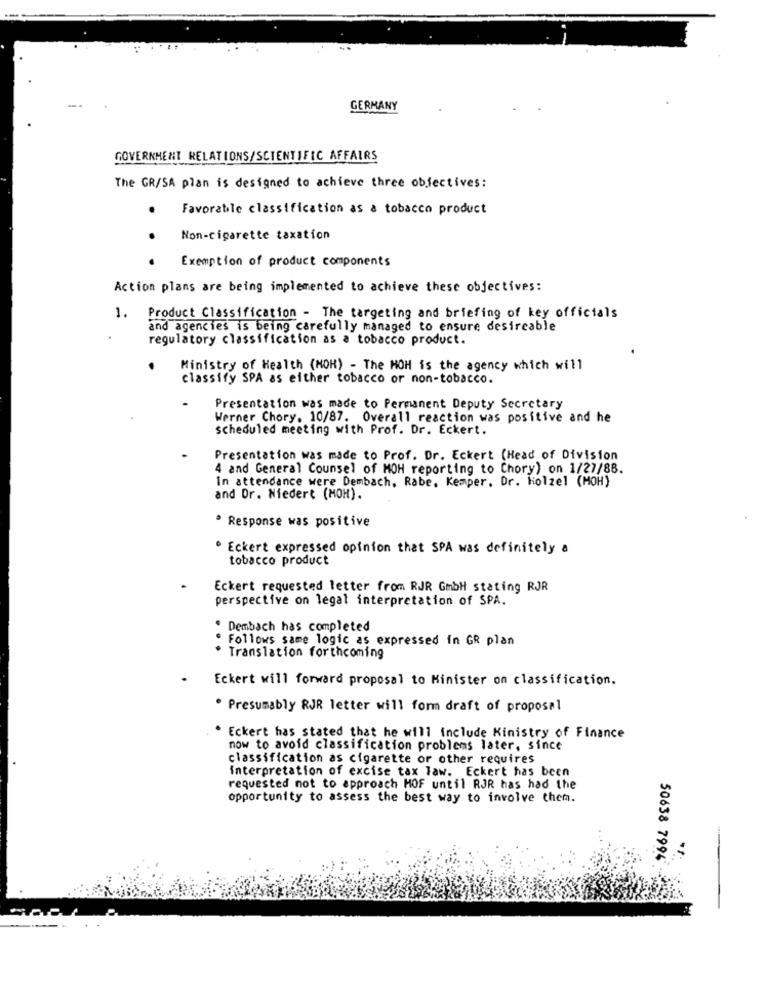
GERMANY
GOVERNMENT RELATIONS/SCIENTIFIC AFFAIRS
The GR/SA plan is designed to achieve three objectives:
Favorable classification as a tobacco product
.
Non-cigarette taxation
Exemption of product components
Action plans are being implemented to achieve these objectives:
1.
Product Classification - The targeting and briefing of key officials
and agencies is being carefully managed to ensure desireable
regulatory classification as a tobacco product.
Ministry of Health (MOR) - The MOH is the agency which will
classify SPA as either tobacco or non-tobacco.
Presentation was made to Permanent Deputy Secretary
Werner Chory. 10/87. Overall reaction was positive and he
scheduled meeting with Prof. Dr. Eckert.
Presentation was made to Prof. Dr. Eckert (Head of Division
4 and General Counsel of MOH reporting to Chory) on 1/27/88.
In attendance were Dembach, Rabe, Kemper. Dr. Kolzel (MOH)
and Dr. Niedert (MOH).
· Response was positive
. Eckert expressed opinion that SPA was definitely a
tobacco product
Eckert requested letter from RJR GmbH stating RJR
perspective on legal interpretation of SPA.
· Dembach has completed
Follows same logic as expressed in GR plan
· Translation forthcoming
Eckert will forward proposal to Minister on classification.
. Presumably RJR letter will form draft of proposal
Eckert has stated that he will include Ministry of Finance
now to avoid classification problems later, since
classification as cigarette or other requires
interpretation of excise tax law. Eckert has been
requested not to approach HOF until RJR has had the
opportunity to assess the best way to involve them.
50638 7994